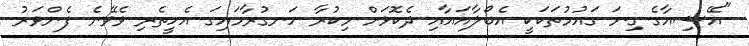
"އޭޝިއާގެ ގިނަ ގައުމުތަކަކީ އެބޯލާއައާއި ދެކޮޅަށް މިކުރާ ހަނގުރާމައިގަ އެހީތެރި ވެވޭނެ ފެންވަރު